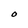
Character: O